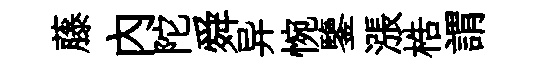
藤内陀舜异惋鑒漲梏謂